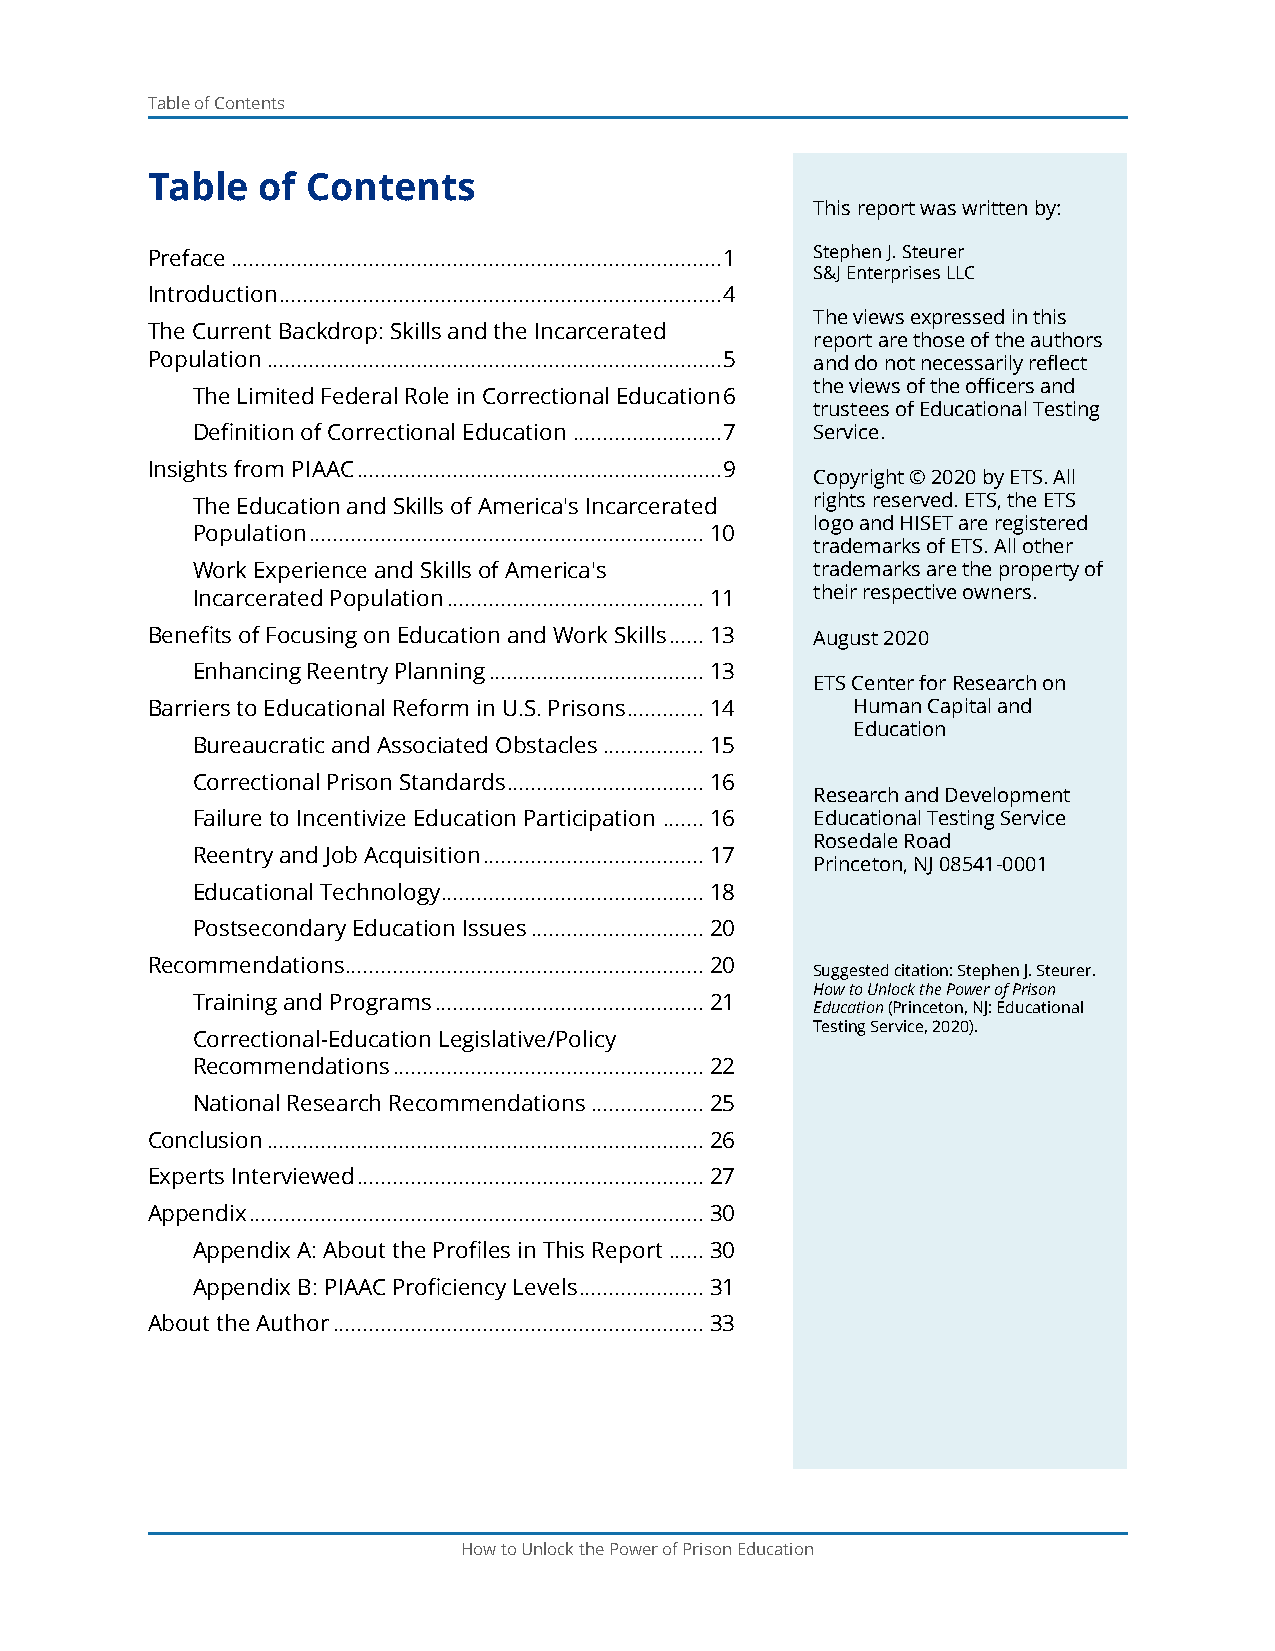
Table of Contents
 Table  of Contents
 This report was written by:
 Preface ..................................................................................1 Stephen J. Steurer
 S&J Enterprises LLC
 Introduction ..........................................................................4
 The views expressed in this
 The Current Backdrop: Skills and the Incarcerated
 report are those of the authors
 Population ............................................................................5 and do not necessarily reflect
 the views of the officers and
 The Limited Federal Role in Correctional Education 6
 trustees of Educational Testing
 Definition of Correctional Education .........................7 Service.
 Insights from PIAAC .............................................................9
 Copyright © 2020 by ETS. All
 The Education and Skills of America's Incarcerated rights reserved. ETS, the ETS
 logo and HISET are registered
 Population ..................................................................10
 trademarks of ETS. All other
 Work Experience and Skills of America's  trademarks are the property of
 Incarcerated Population ...........................................11 their respective owners.
 Benefits of Focusing on Education and Work Skills ......13 August 2020
 Enhancing Reentry Planning ....................................13
 ETS Center for Research on
 Barriers to Educational Reform in U.S. Prisons .............14 Human Capital and
 Education
 Bureaucratic and Associated Obstacles .................15
 Correctional Prison Standards .................................16
 Research and Development
 Failure to Incentivize Education Participation .......16 Educational Testing Service
 Rosedale Road
 Reentry and Job Acquisition .....................................17
 Princeton, NJ 08541-0001
 Educational Technology ............................................18
 Postsecondary Education Issues .............................20
 Recommendations ............................................................20
 Suggested citation: Stephen J. Steurer.
 How to Unlock the Power of Prison
 Training and Programs .............................................21
 Education (Princeton, NJ: Educational
 Testing Service, 2020).
 Correctional-Education Legislative/Policy
 Recommendations ....................................................22
 National Research Recommendations ...................25
 Conclusion .........................................................................26
 Experts Interviewed ..........................................................27
 Appendix ............................................................................30
 Appendix A: About the Profiles in This Report ......30
 Appendix B: PIAAC Proficiency Levels .....................31
 About the Author ..............................................................33
 How to Unlock the Power of Prison Education